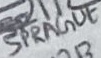
Text: SPRAGUE